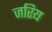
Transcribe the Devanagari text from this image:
जरिय